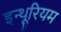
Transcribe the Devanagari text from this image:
इन्थूरियम